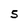
Character: S